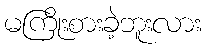
မကြိုးစားခဲ့ဘူးလား